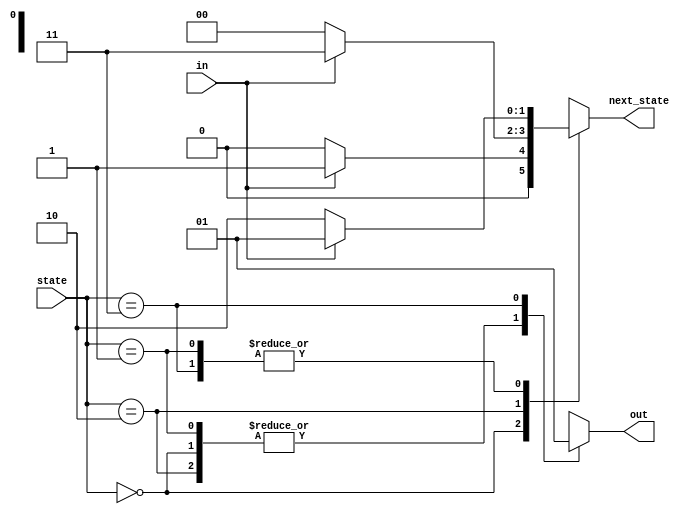
module top_module(
    input in,
    input [1:0] state,
    output [1:0] next_state,
    output out); //

    parameter A=2'd0, B=2'd1, C=2'd2, D=2'd3;

    // State transition logic: next_state = f(state, in)
    always@(*)
        begin
            case(state)
                A: next_state = in ? B:A;
                B: next_state = in ? B:C;
                C: next_state = in ? D:A;
                D: next_state = in ? B:C;
                default: next_state = next_state;
            endcase
        end

    // Output logic:  out = f(state) for a Moore state machine
    always@(state)
        begin
            case(state)
                A: out <= 1'b0;
                B: out <= 1'b0;
                C: out <= 1'b0;
                D: out <= 1'b1;
                default: out <= 1'b0;
            endcase
        end

endmodule